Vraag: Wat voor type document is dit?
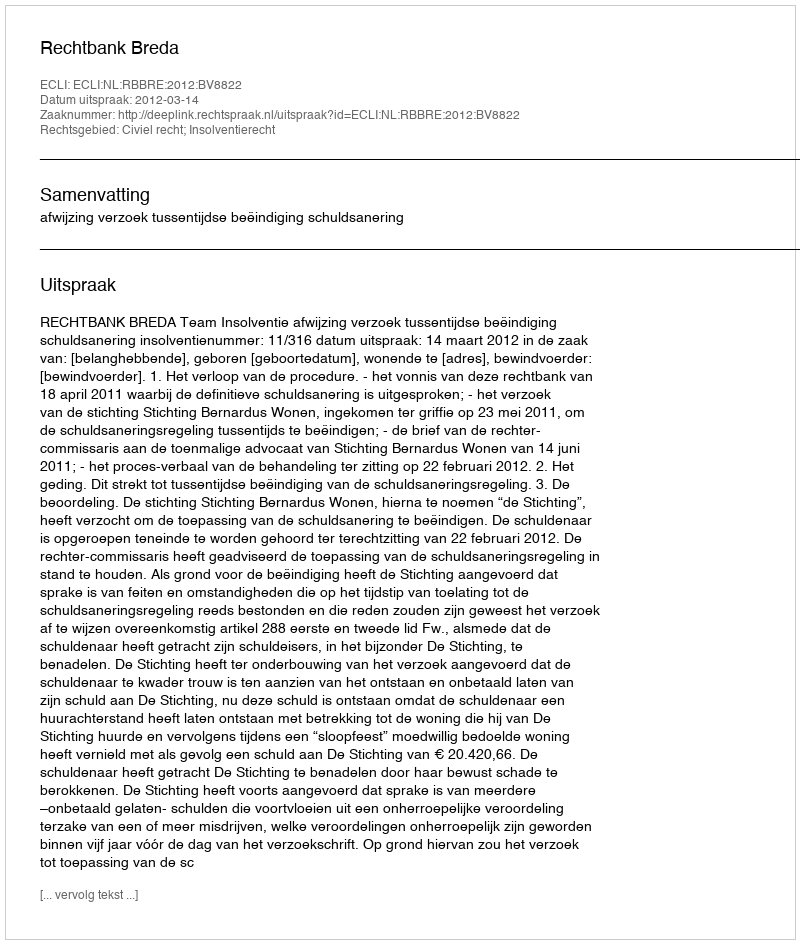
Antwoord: Uitspraak